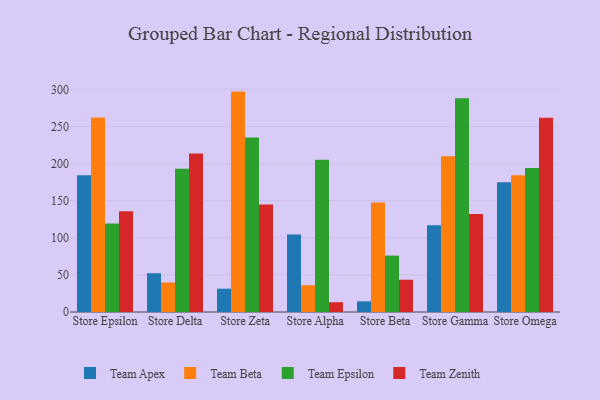
{"axis": {"x": "Store", "y": "Active Users"}, "legend": ["Team Apex", "Team Beta", "Team Epsilon", "Team Zenith"], "data": [{"x": "Store Epsilon", "y": 184.4, "type": "Team Apex"}, {"x": "Store Epsilon", "y": 262.2, "type": "Team Beta"}, {"x": "Store Epsilon", "y": 119.2, "type": "Team Epsilon"}, {"x": "Store Epsilon", "y": 135.9, "type": "Team Zenith"}, {"x": "Store Delta", "y": 52.2, "type": "Team Apex"}, {"x": "Store Delta", "y": 39.8, "type": "Team Beta"}, {"x": "Store Delta", "y": 193.2, "type": "Team Epsilon"}, {"x": "Store Delta", "y": 213.6, "type": "Team Zenith"}, {"x": "Store Zeta", "y": 31.4, "type": "Team Apex"}, {"x": "Store Zeta", "y": 297.0, "type": "Team Beta"}, {"x": "Store Zeta", "y": 235.3, "type": "Team Epsilon"}, {"x": "Store Zeta", "y": 144.8, "type": "Team Zenith"}, {"x": "Store Alpha", "y": 104.5, "type": "Team Apex"}, {"x": "Store Alpha", "y": 36.1, "type": "Team Beta"}, {"x": "Store Alpha", "y": 205.2, "type": "Team Epsilon"}, {"x": "Store Alpha", "y": 13.2, "type": "Team Zenith"}, {"x": "Store Beta", "y": 14.4, "type": "Team Apex"}, {"x": "Store Beta", "y": 147.7, "type": "Team Beta"}, {"x": "Store Beta", "y": 76.0, "type": "Team Epsilon"}, {"x": "Store Beta", "y": 43.5, "type": "Team Zenith"}, {"x": "Store Gamma", "y": 116.8, "type": "Team Apex"}, {"x": "Store Gamma", "y": 209.9, "type": "Team Beta"}, {"x": "Store Gamma", "y": 287.9, "type": "Team Epsilon"}, {"x": "Store Gamma", "y": 131.9, "type": "Team Zenith"}, {"x": "Store Omega", "y": 175.0, "type": "Team Apex"}, {"x": "Store Omega", "y": 184.3, "type": "Team Beta"}, {"x": "Store Omega", "y": 194.2, "type": "Team Epsilon"}, {"x": "Store Omega", "y": 261.6, "type": "Team Zenith"}]}